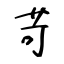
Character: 苛